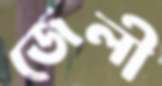
জেলী